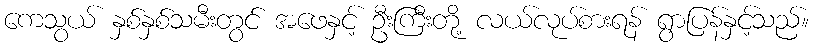
ကေသွယ် နှစ်နှစ်သမီးတွင် အဖေနှင့် ဦးကြီးတို့ လယ်လုပ်စားရန် ရွာပြန်နှင့်သည်။